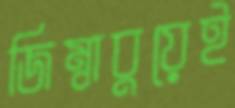
জিম্বাবুয়েই